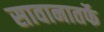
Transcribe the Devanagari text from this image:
सावानातर्फे